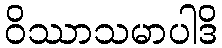
ဝိဿာသမာပါဒိ